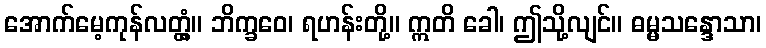
အောက်မေ့ကုန်လတ္တံ့။ ဘိက္ခဝေ၊ ရဟန်းတို့။ ဣတိ ခေါ၊ ဤသို့လျင်။ ဓမ္မသန္ဒောသာ၊